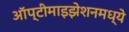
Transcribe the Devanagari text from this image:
ऑप्टीमाइझेशनमध्ये